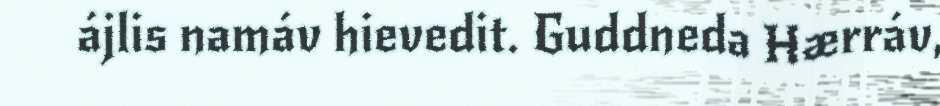
ájlis namáv hievedit. Guddneda Hærráv,